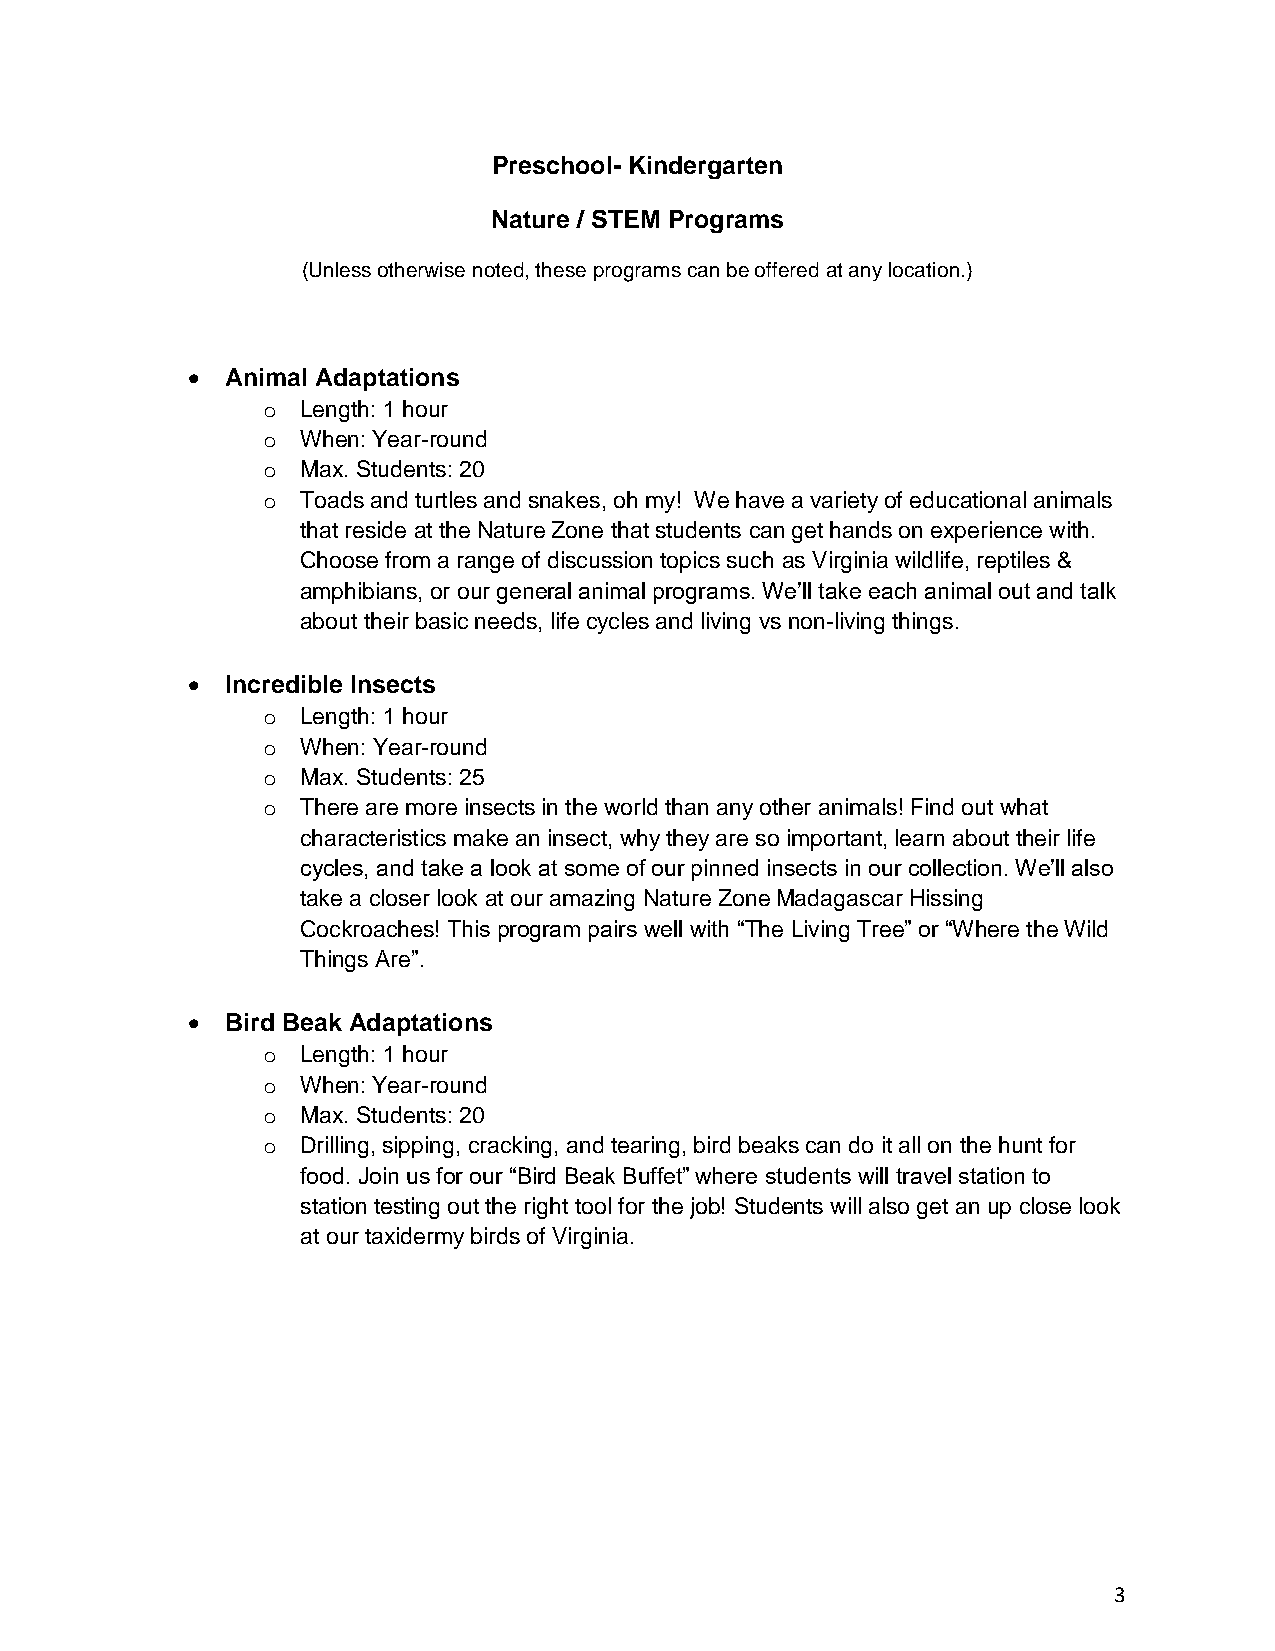
Preschool- Kindergarten
 Nature / STEM Programs
 (Unless otherwise noted, these programs can be offered at any location.)
 •  Animal Adaptations
 o  Length: 1 hour
 o  When: Year-round
 o  Max. Students: 20
 o  Toads and turtles and snakes, oh my! We have a variety of educational animals
 that reside at the Nature Zone that students can get hands on experience with.
 Choose from a range of discussion topics such as Virginia wildlife, reptiles &
 amphibians, or our general animal programs. We’ll take each animal out and talk
 about their basic needs, life cycles and living vs non-living things.
 •  Incredible Insects
 o  Length: 1 hour
 o  When: Year-round
 o  Max. Students: 25
 o  There are more insects in the world than any other animals! Find out what
 characteristics make an insect, why they are so important, learn about their life
 cycles, and take a look at some of our pinned insects in our collection. We’ll also
 take a closer look at our amazing Nature Zone Madagascar Hissing
 Cockroaches! This program pairs well with “The Living Tree” or “Where the Wild
 Things Are”.
 •  Bird Beak Adaptations
 o  Length: 1 hour
 o  When: Year-round
 o  Max. Students: 20
 o  Drilling, sipping, cracking, and tearing, bird beaks can do it all on the hunt for
 food. Join us for our “Bird Beak Buffet” where students will travel station to
 station testing out the right tool for the job! Students will also get an up close look
 at our taxidermy birds of Virginia.
 3